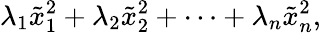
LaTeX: \lambda_{1}{\tilde{x}}_{1}^{2}+\lambda_{2}{\tilde{x}}_{2}^{2}+\cdots+\lambda_{n}{\tilde{x}}_{n}^{2},